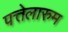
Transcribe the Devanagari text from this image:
पत्तेलारुम